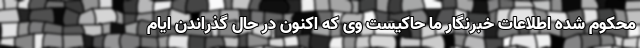
محکوم شده اطلاعات خبرنگار ما حاکیست وی که اکنون در حال گذراندن ایام